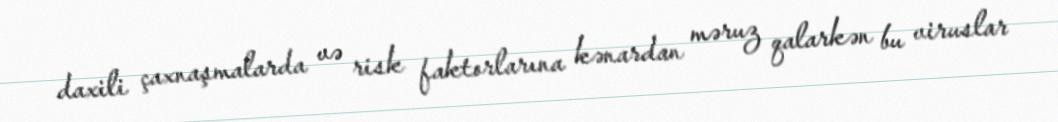
daxili çaxnaşmalarda və risk faktorlarına kənardan məruz qalarkən bu viruslar